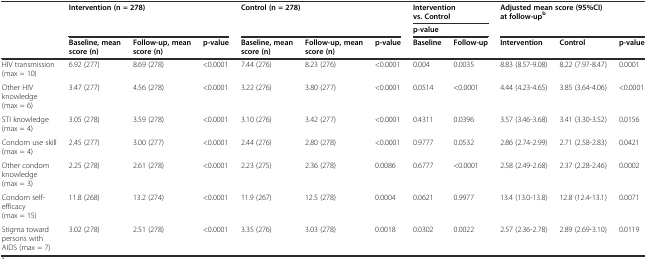
<table><thead><tr><td rowspan="3"></td><td rowspan="2" colspan="3"><b>Intervention (n = 278)</b></td><td rowspan="2" colspan="3"><b>Control (n = 278)</b></td><td colspan="2"><b>Intervention vs. Control</b></td><td rowspan="2" colspan="3"><b>Adjusted mean score (95%CI) at follow-up<sup>b</sup></b></td></tr><tr><td colspan="2"><b>p-value</b></td></tr><tr><td><b>Baseline, mean score (n)</b></td><td><b>Follow-up, mean score (n)</b></td><td><b>p-value</b></td><td><b>Baseline, mean score (n)</b></td><td><b>Follow-up, mean score (n)</b></td><td><b>p-value</b></td><td><b>Baseline</b></td><td><b>Follow-up</b></td><td><b>Intervention</b></td><td><b>Control</b></td><td><b>p-value</b></td></tr></thead><tbody><tr><td>HIV transmission (max = 10)</td><td>6.92 (277)</td><td>8.69 (278)</td><td>&lt;0.0001</td><td>7.44 (276)</td><td>8.23 (276)</td><td>&lt;0.0001</td><td>0.004</td><td>0.0035</td><td>8.83 (8.57-9.08)</td><td>8.22 (7.97-8.47)</td><td>0.0001</td></tr><tr><td>Other HIV knowledge (max = 6)</td><td>3.47 (277)</td><td>4.56 (278)</td><td>&lt;0.0001</td><td>3.22 (276)</td><td>3.80 (277)</td><td>&lt;0.0001</td><td>0.0514</td><td>&lt;0.0001</td><td>4.44 (4.23-4.65)</td><td>3.85 (3.64-4.06)</td><td>&lt;0.0001</td></tr><tr><td>STI knowledge (max = 4)</td><td>3.05 (278)</td><td>3.59 (278)</td><td>&lt;0.0001</td><td>3.10 (276)</td><td>3.42 (277)</td><td>&lt;0.0001</td><td>0.4311</td><td>0.0396</td><td>3.57 (3.46-3.68)</td><td>3.41 (3.30-3.52)</td><td>0.0156</td></tr><tr><td>Condom use skill (max = 4)</td><td>2.45 (277)</td><td>3.00 (277)</td><td>&lt;0.0001</td><td>2.44 (276)</td><td>2.80 (278)</td><td>&lt;0.0001</td><td>0.9777</td><td>0.0532</td><td>2.86 (2.74-2.99)</td><td>2.71 (2.58-2.83)</td><td>0.0421</td></tr><tr><td>Other condom knowledge (max = 3)</td><td>2.25 (278)</td><td>2.61 (278)</td><td>&lt;0.0001</td><td>2.23 (275)</td><td>2.36 (278)</td><td>0.0086</td><td>0.6777</td><td>&lt;0.0001</td><td>2.58 (2.49-2.68)</td><td>2.37 (2.28-2.46)</td><td>0.0002</td></tr><tr><td>Condom self-efficacy (max = 15)</td><td>11.8 (268)</td><td>13.2 (274)</td><td>&lt;0.0001</td><td>11.9 (267)</td><td>12.5 (278)</td><td>0.0004</td><td>0.0621</td><td>0.9977</td><td>13.4 (13.0-13.8)</td><td>12.8 (12.4-13.1)</td><td>0.0071</td></tr><tr><td>Stigma toward persons with AIDS (max = 7)</td><td>3.02 (278)</td><td>2.51 (278)</td><td>&lt;0.0001</td><td>3.35 (276)</td><td>3.03 (278)</td><td>0.0018</td><td>0.0302</td><td>0.0022</td><td>2.57 (2.36-2.78)</td><td>2.89 (2.69-3.10)</td><td>0.0119</td></tr></tbody></table>